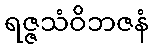
ရဇ္ဇသံဝိဘဇနံ